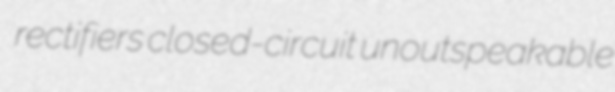
rectifiers closed-circuit unoutspeakable